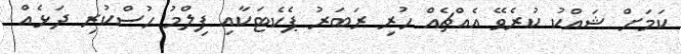
ކަމަށް ޝައްކު ކުރެވޭ އެއްޗެއް ހުރި ރަބަރު ޕެކެޓަކާއި ފިލްމު ހުސްކުރި ދަޅެއް